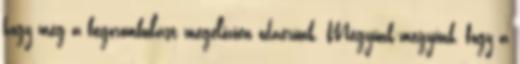
hogy még a begorombulást megelőzően odaérünk. Megyünk-megyünk, fogy a